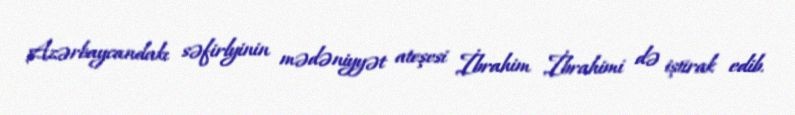
Azərbaycandakı səfirlyinin mədəniyyət ateşesi İbrahim İbrahimi də iştirak edib.